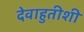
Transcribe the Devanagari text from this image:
देवाहुतीशी